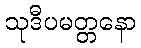
သုဒီပမတ္တနော